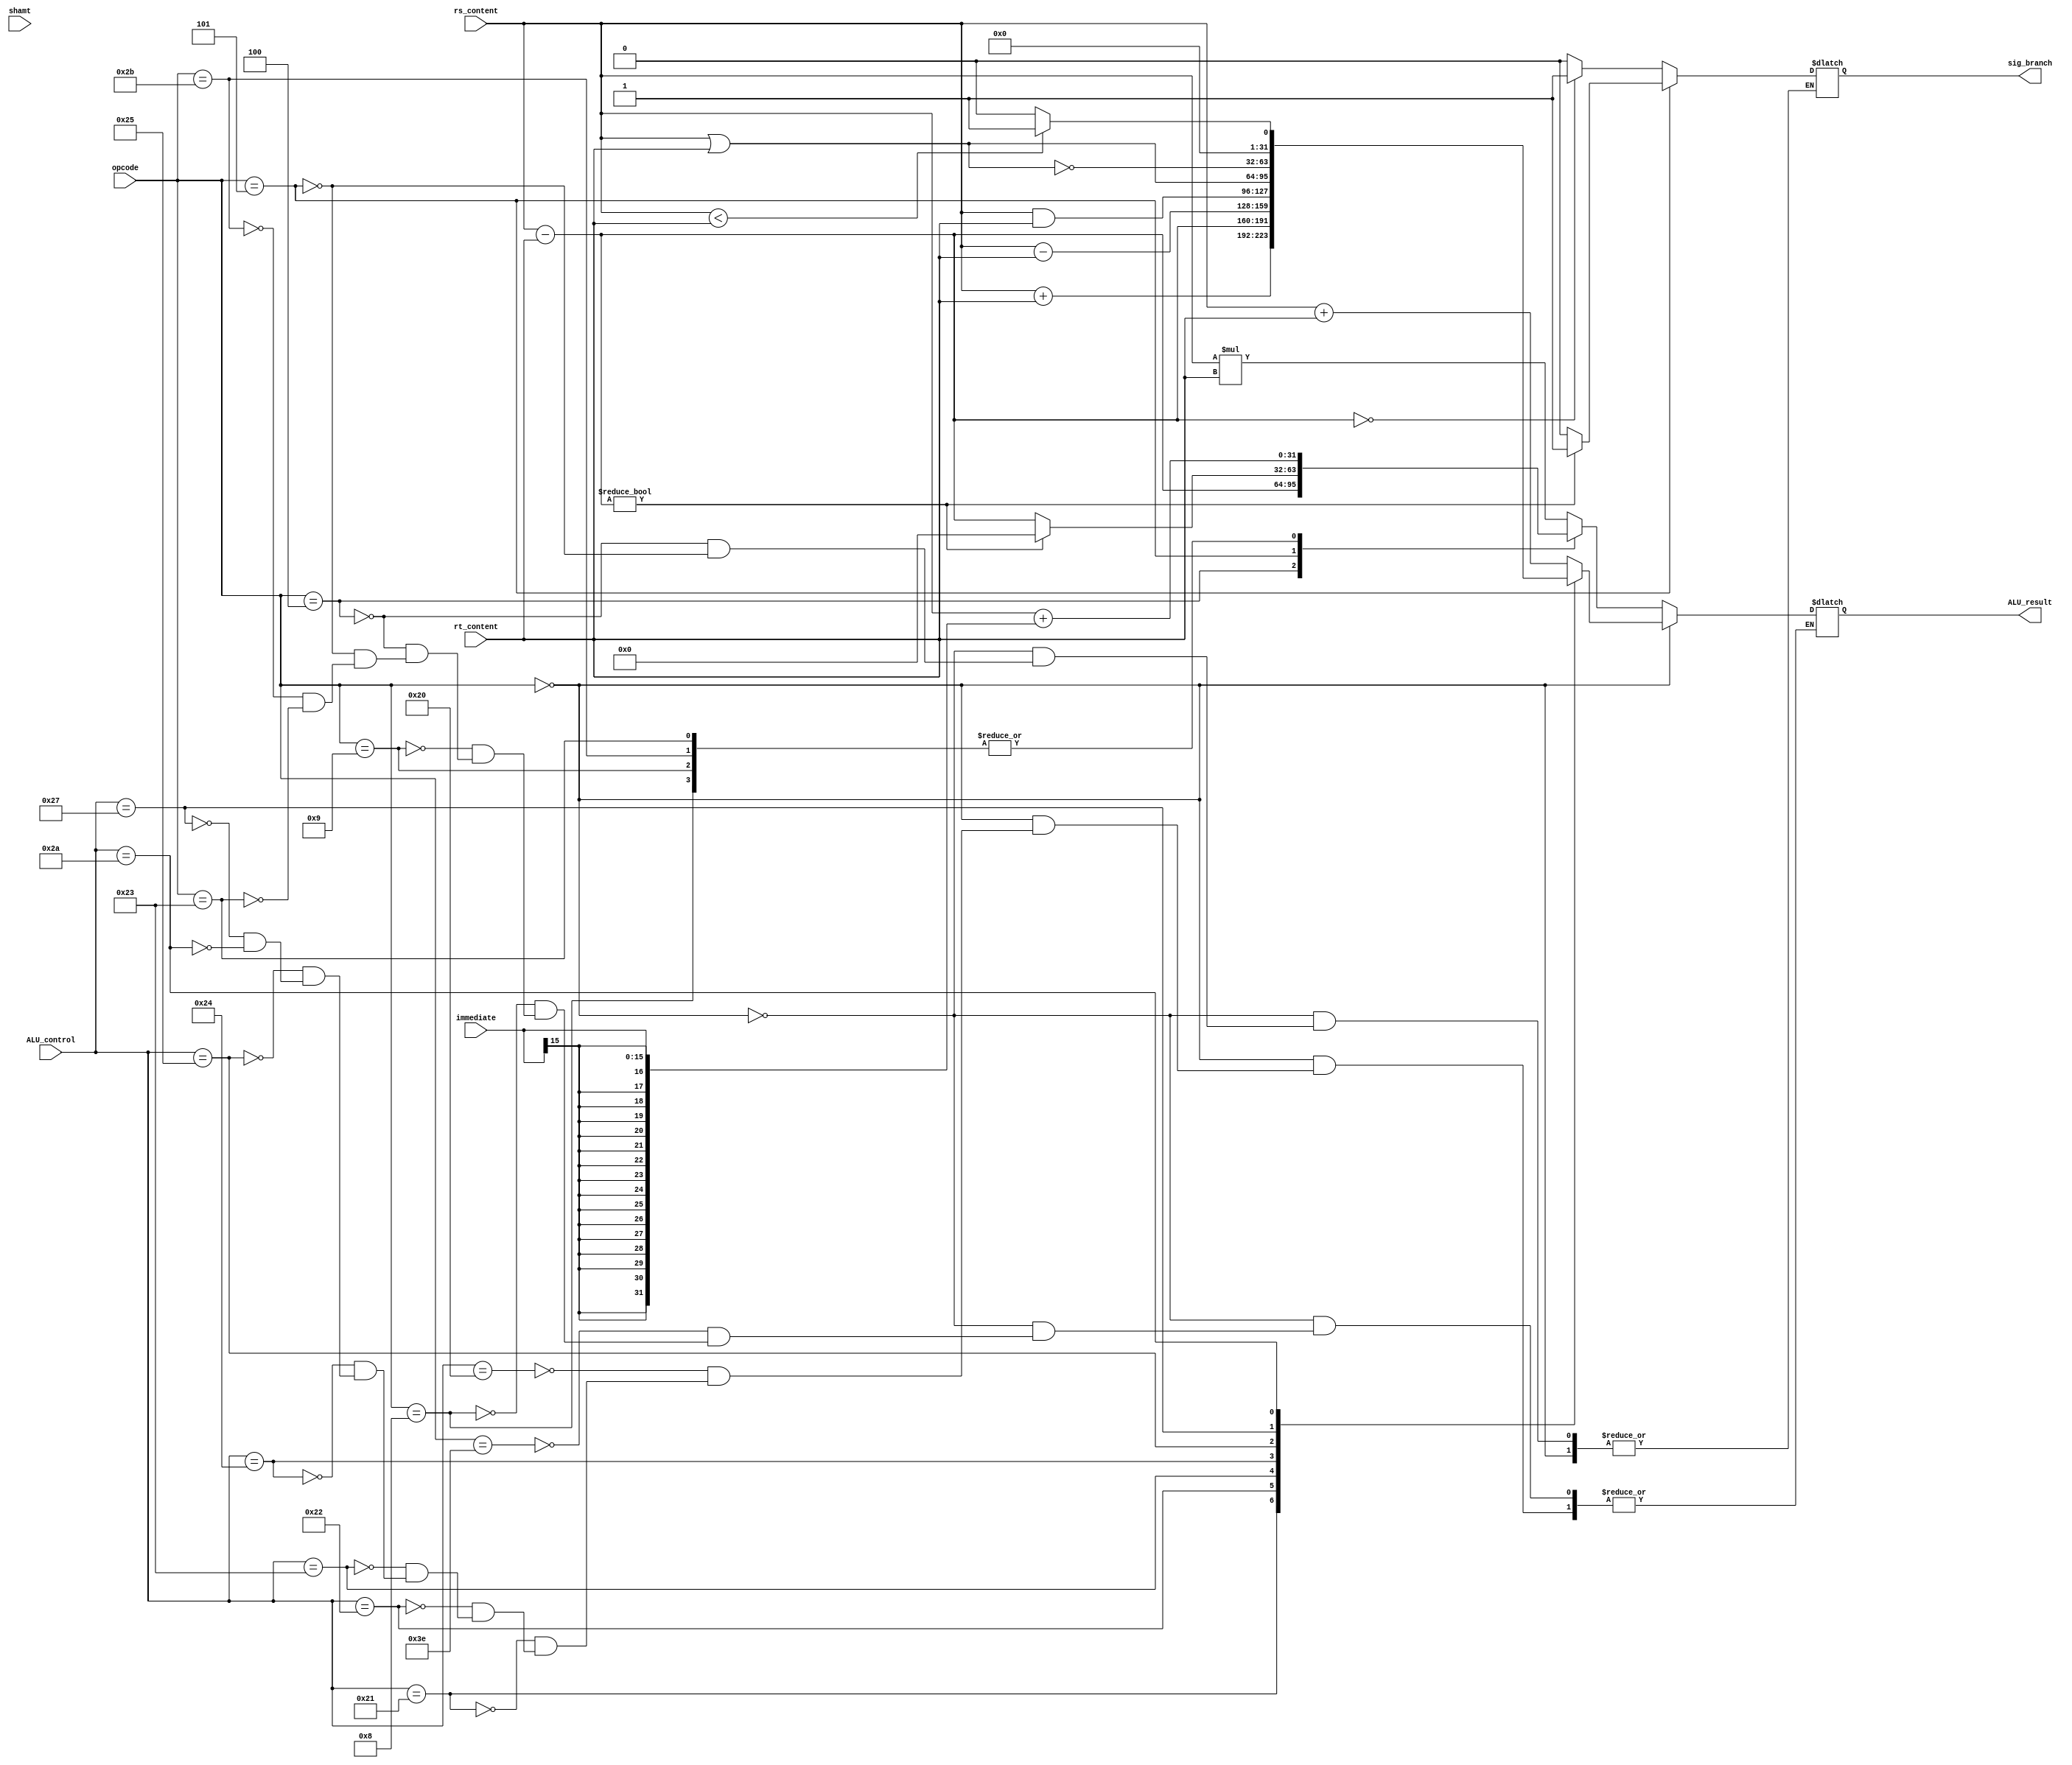
module ALU32bit(ALU_result, sig_branch, opcode, rs_content, rt_content, shamt, ALU_control, immediate);
	
	input [5:0] ALU_control, opcode;
	input [4:0] shamt; 
	input [15:0] immediate;
	input [31:0] rs_content, rt_content; 
	
	output reg sig_branch;
	output reg [31:0] ALU_result; 
	
	integer i; 	
	reg signed [31:0] temp, signed_rs, signed_rt; 
	reg [31:0] signExtend, zeroExtend;

	always @ (ALU_control, rs_content, rt_content, shamt, immediate) begin
		
		
		
		signed_rs = rs_content;
		signed_rt = rt_content;
			
			
	     // R type
		if(opcode == 6'h0) begin
			
			case(ALU_control)
			    
				
				6'h20 : //add
					ALU_result = signed_rs + signed_rt;
				
				6'h21 : //addu
					ALU_result = rs_content + rt_content;
					
				6'h22 : //sub
					ALU_result = signed_rs - signed_rt;
					
				6'h23 : //subu
					ALU_result = rs_content - rt_content;
					
				6'h24 : //and
					ALU_result = rs_content & rt_content;
					
				6'h25 : //or
					ALU_result = rs_content | rt_content;
					
				6'h27 : //nor
					ALU_result = ~(rs_content | rt_content);
				
							
				6'h2a : //slt
					begin
						if(signed_rs < signed_rt) begin
							ALU_result = 1;
						end else begin
							ALU_result = 0;
						end
					end
			
			endcase //case
			
		end // if
		
		
		
		// I type
		else begin
			
			signExtend = {{16{immediate[15]}}, immediate};
			zeroExtend = {{16{1'b0}}, immediate};
			
			case(opcode)
		        6'b111110:  //mul
				    begin
				    ALU_result<=signed_rs*signed_rt;
					//$display("hi");
					//$display(signed_rs);

					//$display(signed_rt);
					//$display("hi1");

					end
				6'h8 : // addi
					ALU_result = signed_rs + signExtend;
					
				6'h9 : // addiu
					ALU_result = rs_content + signExtend;
				
							
				6'h4 : // beq
					begin
						// if the result is zero, they are equal go branch!
						ALU_result = signed_rs - signed_rt;
						if(ALU_result == 0) begin
							sig_branch = 1'b1;
						end
						else begin
							sig_branch = 1'b0;
						end
					end
				
				6'h5 : // bne
					begin
					
						
						ALU_result = signed_rs - signed_rt;
						if(ALU_result != 0) begin
							sig_branch = 1'b1;
							ALU_result = 1'b0;
						end
						else begin
							sig_branch = 1'b0;
						end
					end
							
							
				
				6'b101011 : // sw
					ALU_result = signed_rs + signExtend;
				6'h23 : // lw
					ALU_result = signed_rs + signExtend;
				
				
			endcase
		
		end
		
	end
	
	

	
endmodule